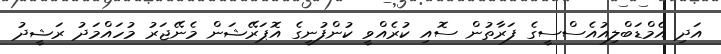
އަދި އެމްޑަބްލިއުއެސްސީގެ ފަރާތުން ސޮއި ކުރެއްވީ ކުންފުނީގެ އޮޕަރޭޝަން މެނޭޖަރު މުހައްމަދު ރަޝީދު